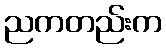
ညကတည်းက